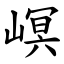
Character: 㟰